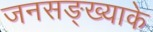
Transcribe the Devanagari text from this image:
जनसङ्ख्याके